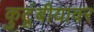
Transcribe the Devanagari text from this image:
कुटूंबीयावर